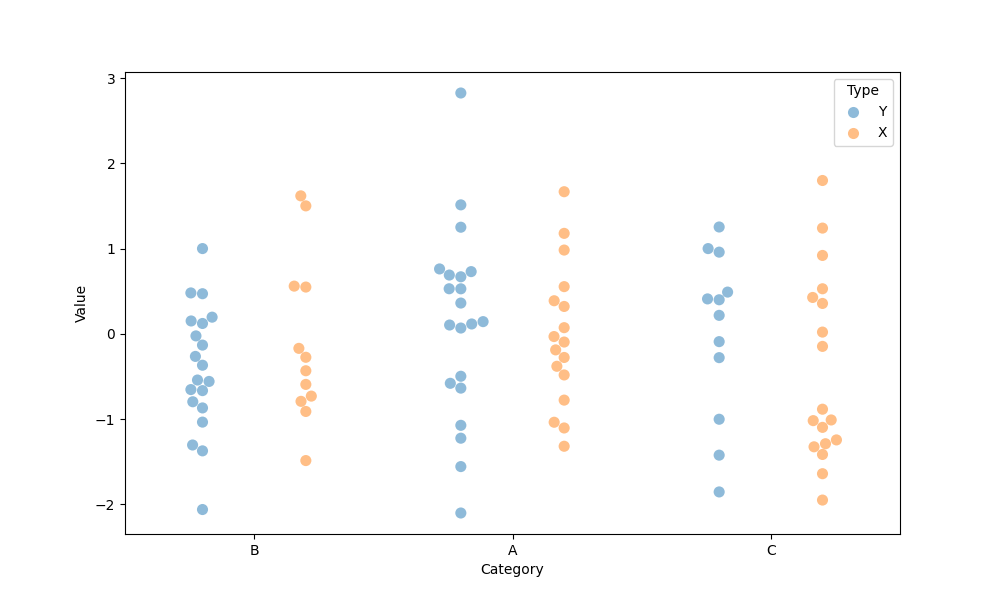
python, seaborn, swarmplot, dodge=True, alpha=0.5, size=8